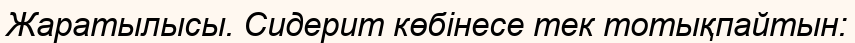
Жаратылысы. Сидерит көбінесе тек тотықпайтын: